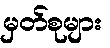
မှတ်စုများ